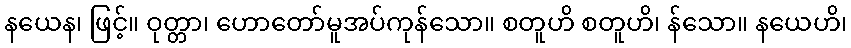
နယေန၊ ဖြင့်။ ဝုတ္တာ၊ ဟောတော်မူအပ်ကုန်သော။ စတူဟိ စတူဟိ၊ န်သော။ နယေဟိ၊